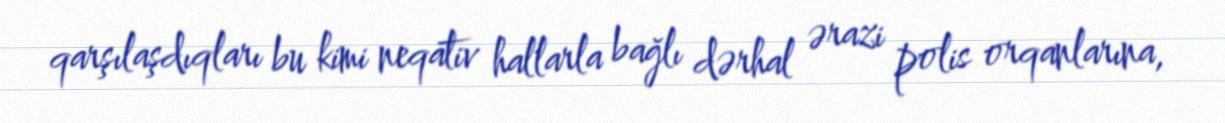
qarşılaşdıqları bu kimi neqativ hallarla bağlı dərhal ərazi polis orqanlarına,